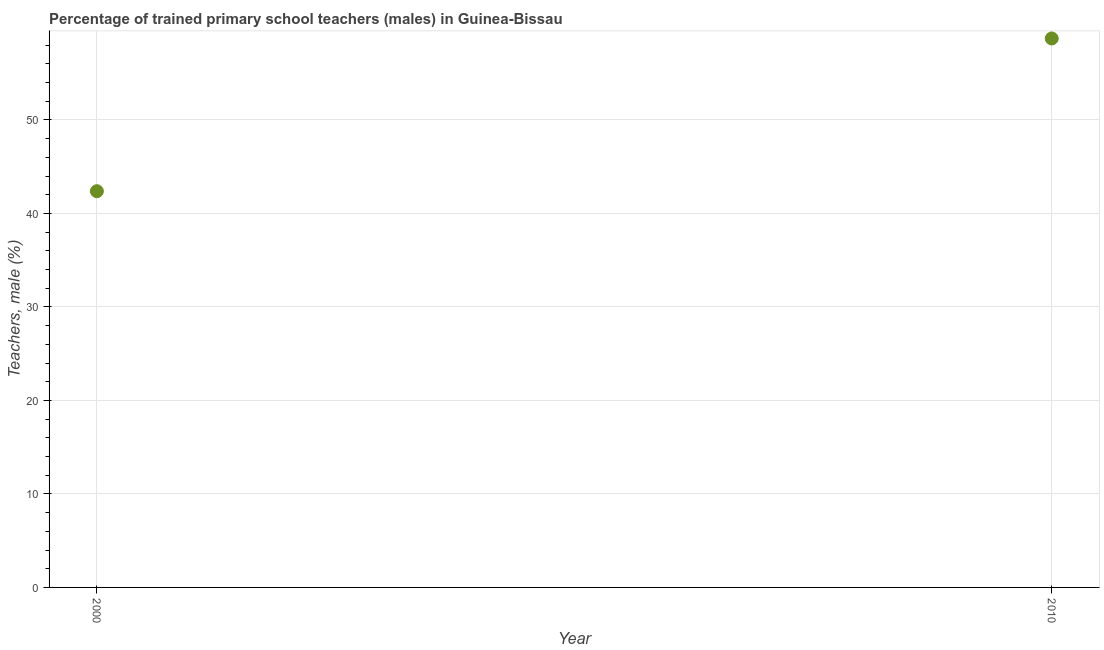
| Year | Trained teachers male |
 | --- | --- |
 | 2000 | 42.4 |
 | 2010 | 58.7 |